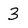
Character: 3